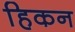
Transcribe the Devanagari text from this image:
हिकन